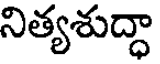
నిత్యశుద్ధా